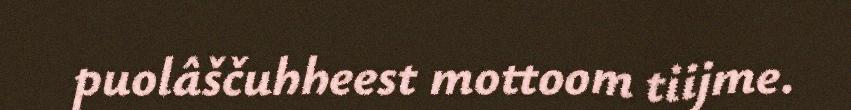
puolâščuhheest mottoom tiijme.